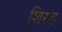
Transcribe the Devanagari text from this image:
शिरड